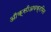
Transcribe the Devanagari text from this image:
ऑक्सीअवक्रमित